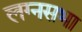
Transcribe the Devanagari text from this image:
लग्नसभा